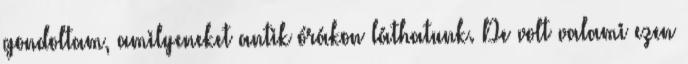
gondoltam, amilyeneket antik órákon láthatunk. De volt valami ezen